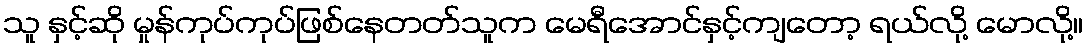
သူ နှင့်ဆို မှုန်ကုပ်ကုပ်ဖြစ်နေတတ်သူက မေရီအောင်နှင့်ကျတော့ ရယ်လို့ မောလို့။